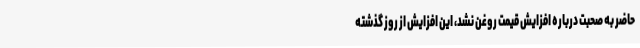
حاضر به صحبت درباره افزایش قیمت روغن نشد، این افزایش از روز گذشته